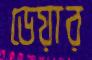
ডেয়ার